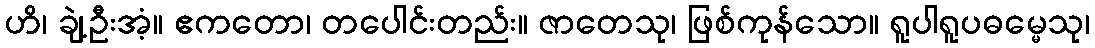
ဟိ၊ ချဲ့ဦးအံ့။ ဧကတော၊ တပေါင်းတည်း။ ဇာတေသု၊ ဖြစ်ကုန်သော။ ရူပါရူပဓမ္မေသု၊